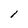
Character: l